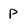
Character: p